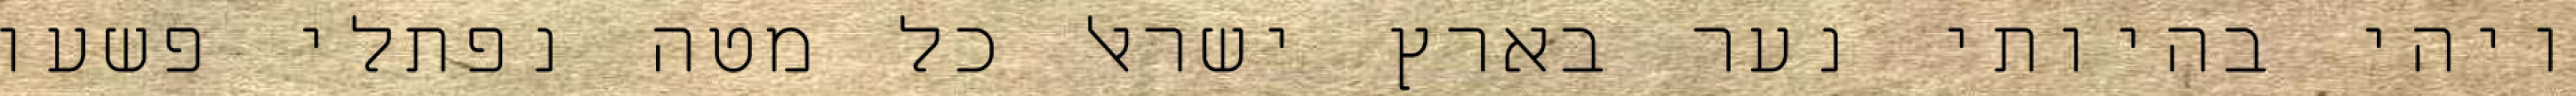
ויהי בהיותי נער בארץ ישראל כל מטה נפתלי פשעו